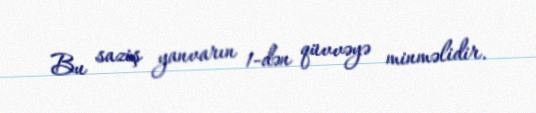
Bu saziş yanvarın 1-dən qüvvəyə minməlidir.